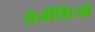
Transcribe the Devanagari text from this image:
सेनीशिओ